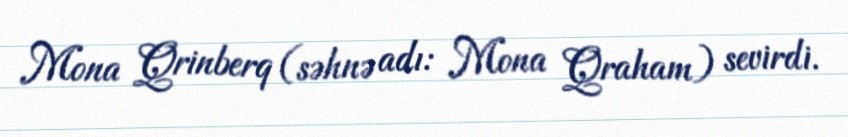
Mona Qrinberq (səhnə adı: Mona Qraham) sevirdi.